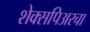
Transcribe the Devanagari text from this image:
शेक्सपिअरचा